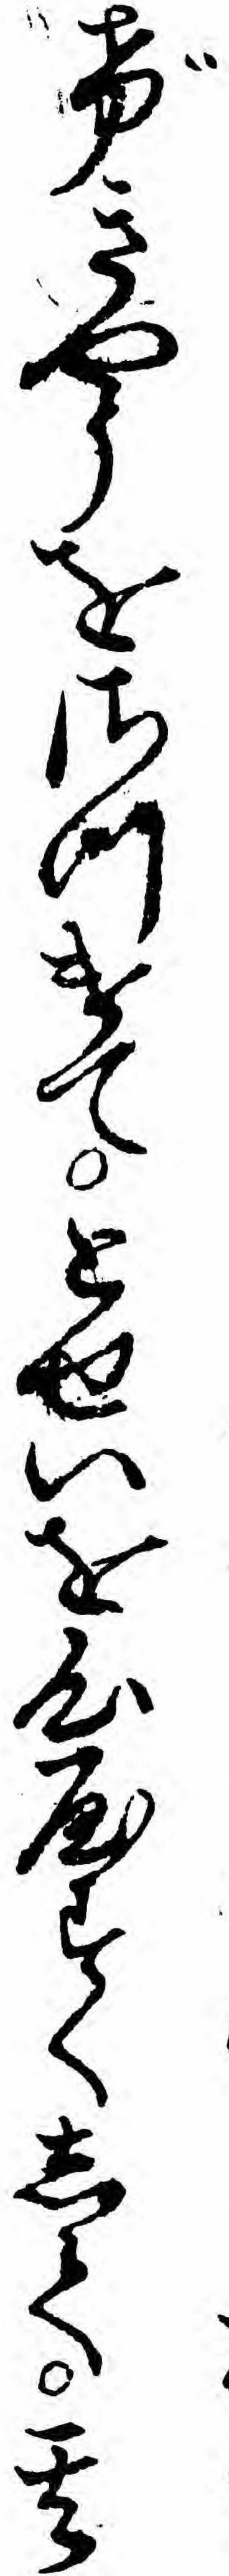
げきやうをさつけてとせいを心やすくして其